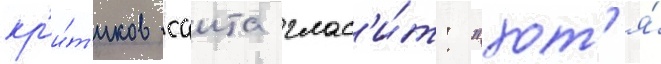
кр'и́т'иков саита глас'и́т: "хот'я́